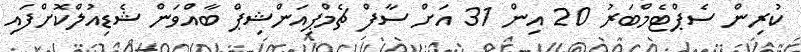
ކުރިން ސެޕްޓެމްބަރު 20 އިން 31 އަށް ސާފް ޗެމްޕިއަންޝިޕް ބާއްވަން ޝެޑިއުލްކޮށްފައި